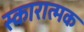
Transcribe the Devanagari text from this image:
स्कारात्मक